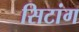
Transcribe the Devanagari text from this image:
सिटांग